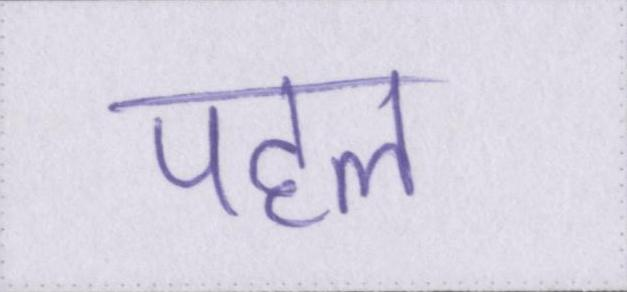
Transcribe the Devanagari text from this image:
पहल